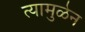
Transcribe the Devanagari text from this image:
त्यामुळेन